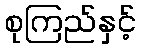
စုကြည်နှင့်